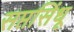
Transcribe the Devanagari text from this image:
सप्तसिंधू